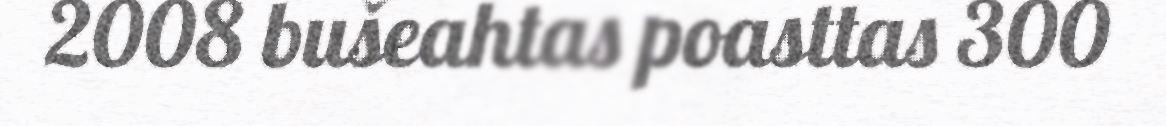
2008 bušeahtas poasttas 300